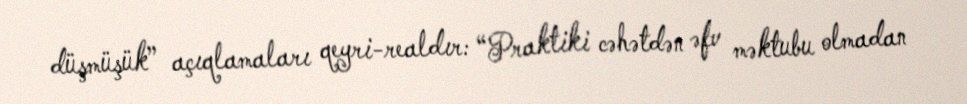
düşmüşük” açıqlamaları qeyri-realdır: “Praktiki cəhətdən əfv məktubu olmadan